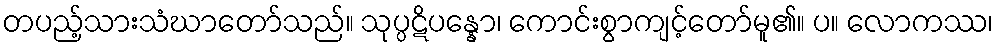
တပည့်သားသံဃာတော်သည်။ သုပ္ပဋိပန္နော၊ ကောင်းစွာကျင့်တော်မူ၏။ ပ။ လောကဿ၊